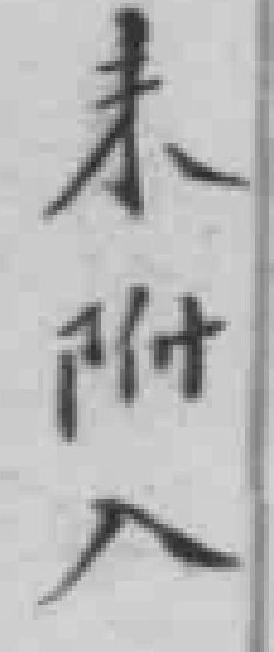
未附入